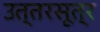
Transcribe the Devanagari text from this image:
उत्तरसूत्र